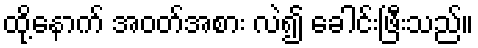
ထို့နောက် အဝတ်အစား လဲ၍ ခေါင်းဖြီးသည်။